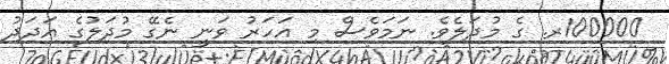
100000ރ. ގެ މުދަލެވެ. ނަމަވެސް މި އަހަރު ވަނީ ނެގޭ މުދަލުގެ އަދަދު